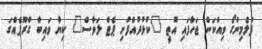
ފްލެމިންގޯ ވިއްކަން ޖަހާފައި އޮތީ "ކުޅުދުއްފުށި ޕެޓް ލަވާސް" ކިޔާ ވައިބާ ގްރޫޕެއްގަ